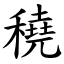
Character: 穘